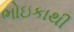
ભોઇકાથી